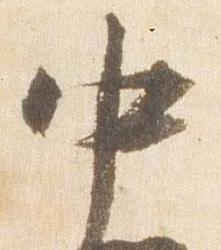
中